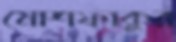
মোশফাকুর